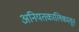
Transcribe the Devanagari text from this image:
अनियतकालिकातून